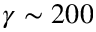
\gamma \sim 2 0 0